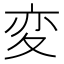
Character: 変